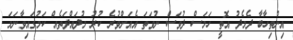
އިންތިހާބާ ދެމެދު އޮތީ ހަމަސް ދުވަސް ނުވަތަ އެއަށްވުރެ ކުރު މުދައްދަތެއް ކަމުގައިވާނަމަ